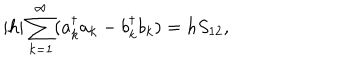
| h | \sum _ { k = 1 } ^ { \infty } ( a _ { k } ^ { \dagger } a _ { k } - b _ { k } ^ { \dagger } b _ { k } ) = h S _ { 1 2 } ,